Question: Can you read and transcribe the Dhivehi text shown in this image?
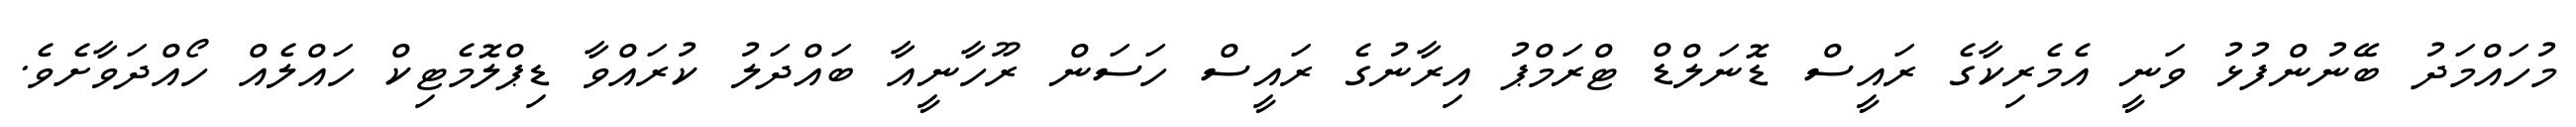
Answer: މުހައްމަދު ބޭނުންފުޅު ވަނީ އެމެރިކާގެ ރައީސް ޑޮނަލްޑް ޓްރަމްޕު އިރާނުގެ ރައީސް ހަސަން ރޫހާނީއާ ބައްދަލު ކުރައްވާ ޑިޕްލޮމެޓިކް ހައްލެއް ހޯއްދަވާށެވެ.